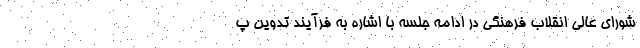
شورای عالی انقلاب فرهنگی در ادامه جلسه با اشاره به فرآیند تدوین پ